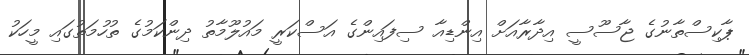
ޕާކިސްތާނުގެ ޖާސޫސީ އިދާރާއަށް އިންޑިއާ ސިފައިންގެ އަސްކަރީ މައުލޫމާތު ދިންކަމުގެ ތުހުމަތުގައި މީހަކު